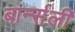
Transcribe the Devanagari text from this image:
बार्न्सली